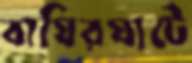
বাঘিরঘাটে